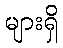
များရှိ